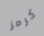
كرمز